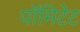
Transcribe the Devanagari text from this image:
पॉमिटेट